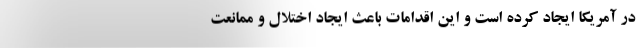
در آمریکا ایجاد کرده است و این اقدامات باعث ایجاد اختلال و ممانعت